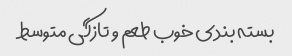
بسته بندی خوب طعم و تازگی متوسط